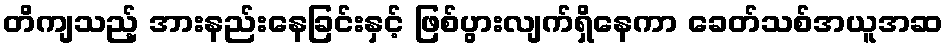
တိကျသည့် အားနည်းနေခြင်းနှင့် ဖြစ်ပွားလျက်ရှိနေကာ ခေတ်သစ်အယူအဆ